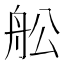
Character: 舩